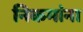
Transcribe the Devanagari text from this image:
निकमांना